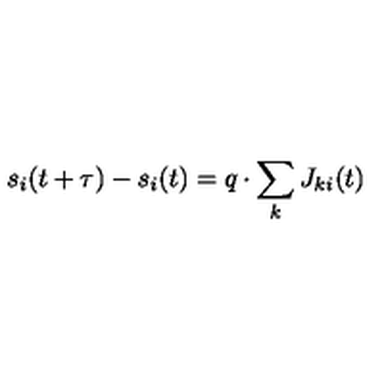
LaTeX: s _ { i } ( t + \tau ) - s _ { i } ( t ) = q \cdot \sum _ { k } J _ { k i } ( t )